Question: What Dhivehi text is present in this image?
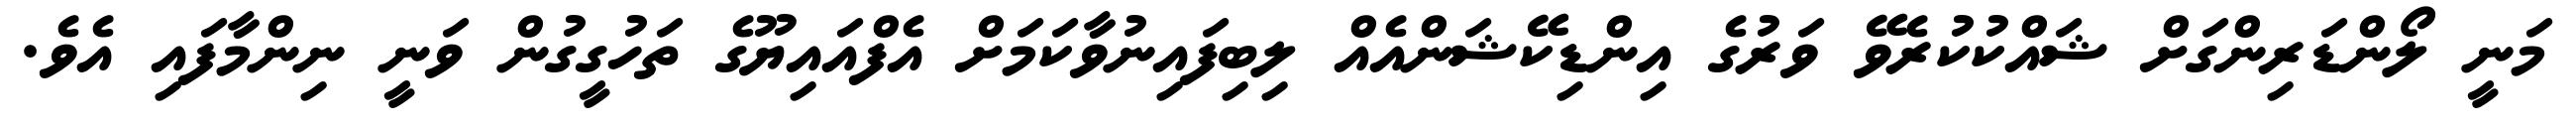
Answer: މަނީ ލޯންޑަރިންގަށް ޝައްކުކުރެވޭ ވަރުގެ އިންޑިކޭޝަންއެއް ލިބިފައިނުވާކަމަށް އެފްއައިޔޫގެ ތަހުގީގުން ވަނީ ނިންމާފައި އެވެ.